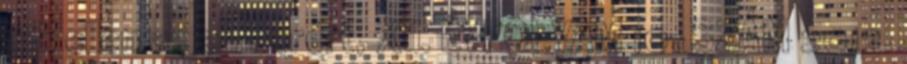
rák ellen az emberért, XII. ÉVFOLYAM 10. SZÁM 2013.